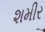
શમીર